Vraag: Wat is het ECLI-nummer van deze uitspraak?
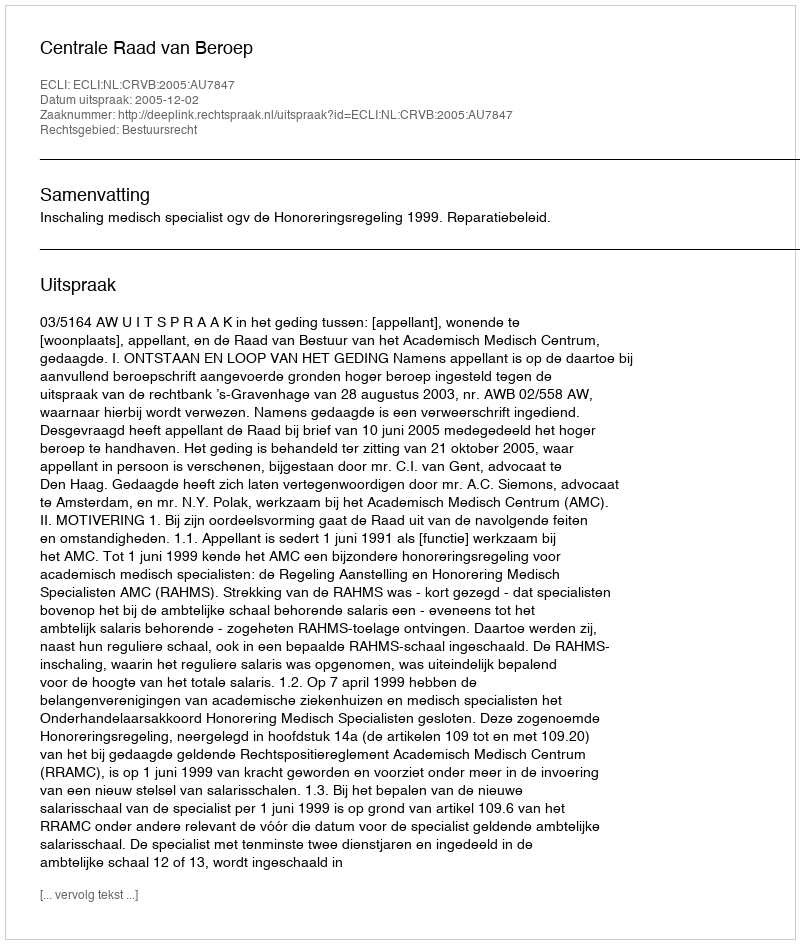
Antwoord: ECLI:NL:CRVB:2005:AU7847